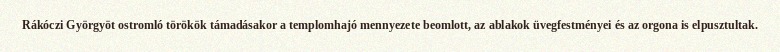
Rákóczi Györgyöt ostromló törökök támadásakor a templomhajó mennyezete beomlott, az ablakok üvegfestményei és az orgona is elpusztultak.